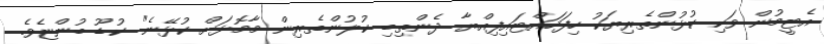
އެޓީމުން ވަކި ކުޅުންތެރިޔަކު ހިފަހައްޓައިފިއްޔާ ދެންތިބި ކުލުންތެރިން މާމޮޅަށް ކުޅޭނެ" ކުޑޫ ބުންޏެވެ.